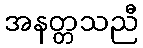
အနတ္တသညီ